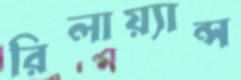
রিলায়্যান্স